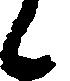
候